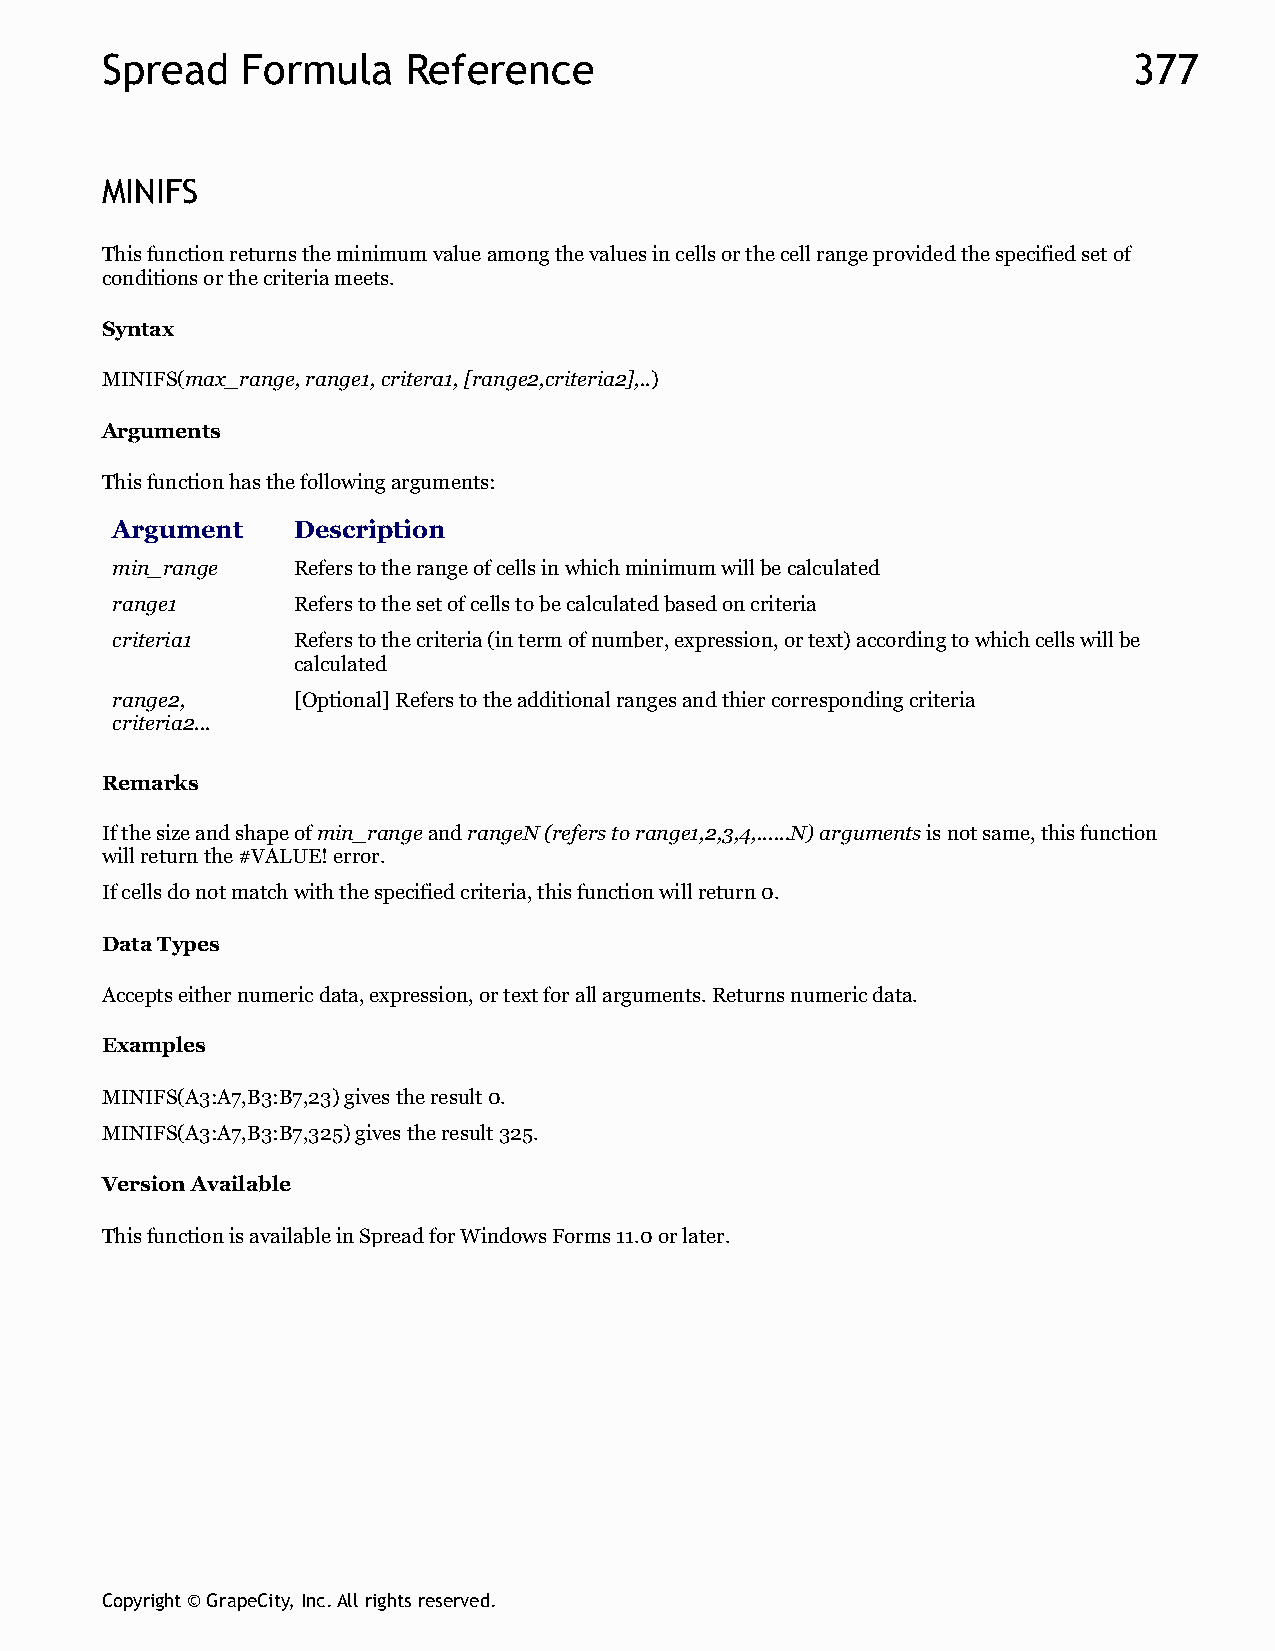
Spread   Formula    Reference                                       377
 MINIFS
 This function returns the minimum value among the values in cells or the cell range provided the specified set of
 conditions or the criteria meets.
 Syntax
 MINIFS(max_range, range1, critera1, [range2,criteria2],..)
 Arguments
 This function has the following arguments:
 Argument    Description
 min_range   Refers to the range of cells in which minimum will be calculated
 range1      Refers to the set of cells to be calculated based on criteria
 criteria1   Refers to the criteria (in term of number, expression, or text) according to which cells will be
 calculated
 range2,     [Optional] Refers to the additional ranges and thier corresponding criteria
 criteria2...
 Remarks
 If the size and shape of min_range and rangeN (refers to range1,2,3,4,......N) arguments is not same, this function
 will return the #VALUE! error.
 If cells do not match with the specified criteria, this function will return 0.
 Data Types
 Accepts either numeric data, expression, or text for all arguments. Returns numeric data.
 Examples
 MINIFS(A3:A7,B3:B7,23) gives the result 0.
 MINIFS(A3:A7,B3:B7,325) gives the result 325.
 Version Available
 This function is available in Spread for Windows Forms 11.0 or later.
 Copyright © GrapeCity, Inc. All rights reserved.